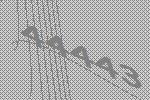
44443